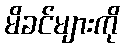
မိခင်များကို